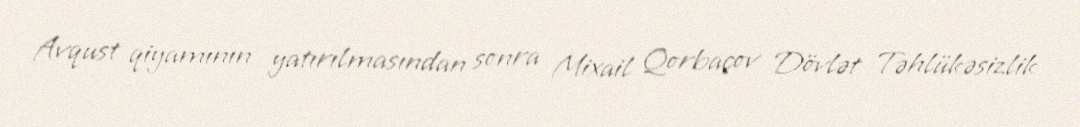
Avqust qiyamının yatırılmasından sonra Mixail Qorbaçov Dövlət Təhlükəsizlik